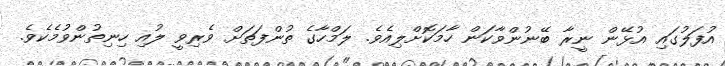
އުފަލުގައި އުޅޭން ނީރާ ބޭނުންވާކަން ހާމަކޮށްލިއެވެ. ލަމްހާގެ ތުންފަތަށް ވެރިވީ ލުއި ހިނިތުންވުމެކެވެ.